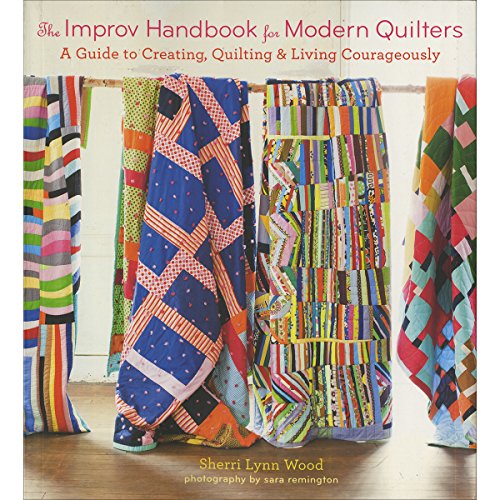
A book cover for The Improv Handbook for Modern Quilters: A Guide to Creating, Quilting, and Living Courageously; Sherri L. Wood; Crafts, Hobbies & Home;